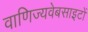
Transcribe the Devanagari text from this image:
वाणिज्यवेबसाइटों